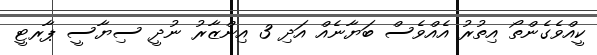
ކީއްވެގެންތޯ އިތުރު އެއްވެސް ބަޔާނެއް އަދި 3 އިންޒާރު ނުދީ ސިޔާސީ ޕާރޓީ